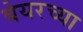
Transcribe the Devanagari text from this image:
बेयरच्या